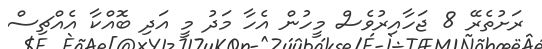
ރަށުތެރޭ 8 ޖަހާއިރުވެސް މީހުން އެހާ މަދު މީ އަދި ބޮއްކާ އެއްޗިސް